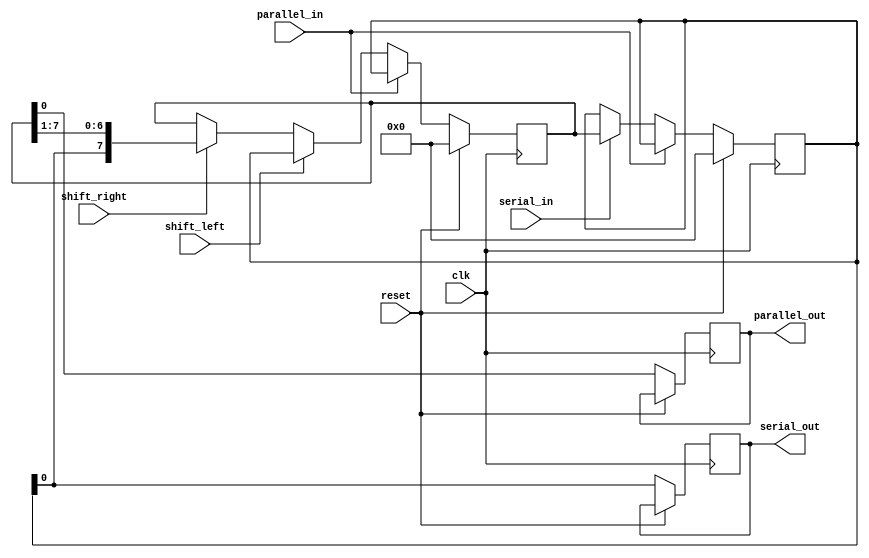
module UniversalShiftRegister(
   input wire clk, 
   input wire reset,
   input wire shift_left,
   input wire shift_right,
   input wire parallel_in,
   output reg parallel_out,
   input wire serial_in,
   output reg serial_out
);

reg [7:0] data;
reg [7:0] shift_reg;

always @(posedge clk) begin
   if (reset) begin
      shift_reg <= 8'b0;
      data <= 8'b0;
   end else begin
      if (shift_left) begin
         shift_reg <= {shift_reg[6:0], data};
      end else if (shift_right) begin
         shift_reg <= {data, shift_reg[7:1]};
      end else begin
         shift_reg <= shift_reg;
      end
      
      if (parallel_in) begin
         shift_reg <= data;
      end else if (serial_in) begin
         data <= shift_reg;
      end
      
      parallel_out <= shift_reg;
      serial_out <= data;
   end
end

endmodule